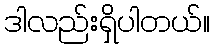
ဒါလည်းရှိပါတယ်။